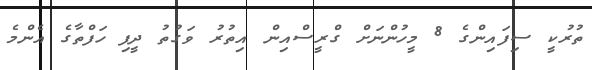
ތުރުކީ ސިފައިންގެ 8 މީހުންނަށް ގްރީސްއިން އިތުރު ވަގުތު ދީފި ހަފްތާގެ އެންމެ